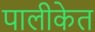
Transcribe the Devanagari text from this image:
पालीकेत